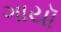
ગાયૉ